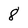
Character: 8